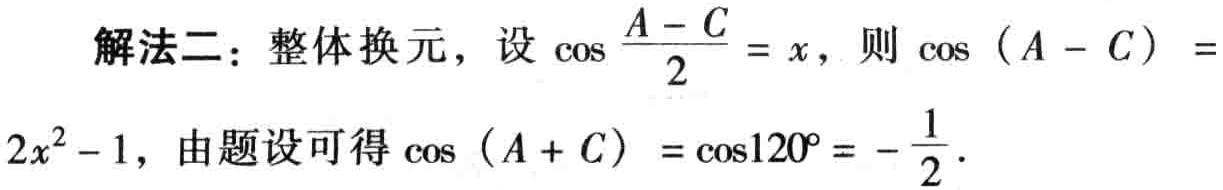
解法二：整体换元，设\(\cos\frac{A - C}{2}=x\)，则\(\cos(A - C)=2x^{2}-1\)，由题设可得\(\cos(A + C)=\cos120^{\circ}=-\frac{1}{2}\)。